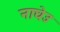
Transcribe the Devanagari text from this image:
नाघेउ